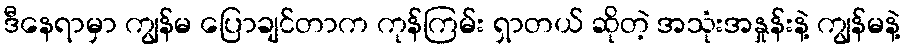
ဒီနေရာမှာ ကျွန်မ ပြောချင်တာက ကုန်ကြမ်း ရှာတယ် ဆိုတဲ့ အသုံးအနှုန်းနဲ့ ကျွန်မနဲ့